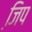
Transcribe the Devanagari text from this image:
जि़प